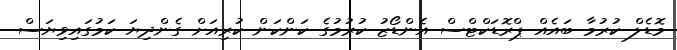
މޮޑެލް ކުރުމާ ބައެއް ޕްރޮޑަކްޓްސް އެންޑޯޒު ކުރުމުގެ ކަންކަން ކުރިއަށް ގެންދިޔަ ކަމުގައިވިޔަސް